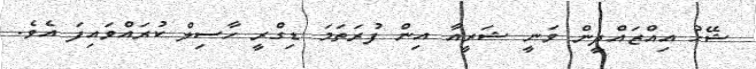
ޝޭހު އިއްޒައްދީން ވަނީ ޝަރީއާ އިން ފުރަތަމަ ޑިގްރީ ހާސިލް ކުރައްވައިފަ އެވެ.